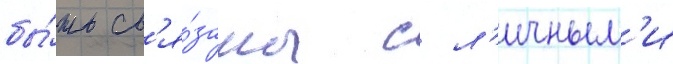
бы́ть св'я́заны с л'ичным'и